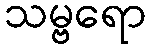
သမ္ဗရော